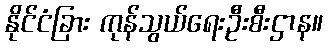
နိုင်ငံခြား ကုန်သွယ်ရေးဦးစီးဌာန။